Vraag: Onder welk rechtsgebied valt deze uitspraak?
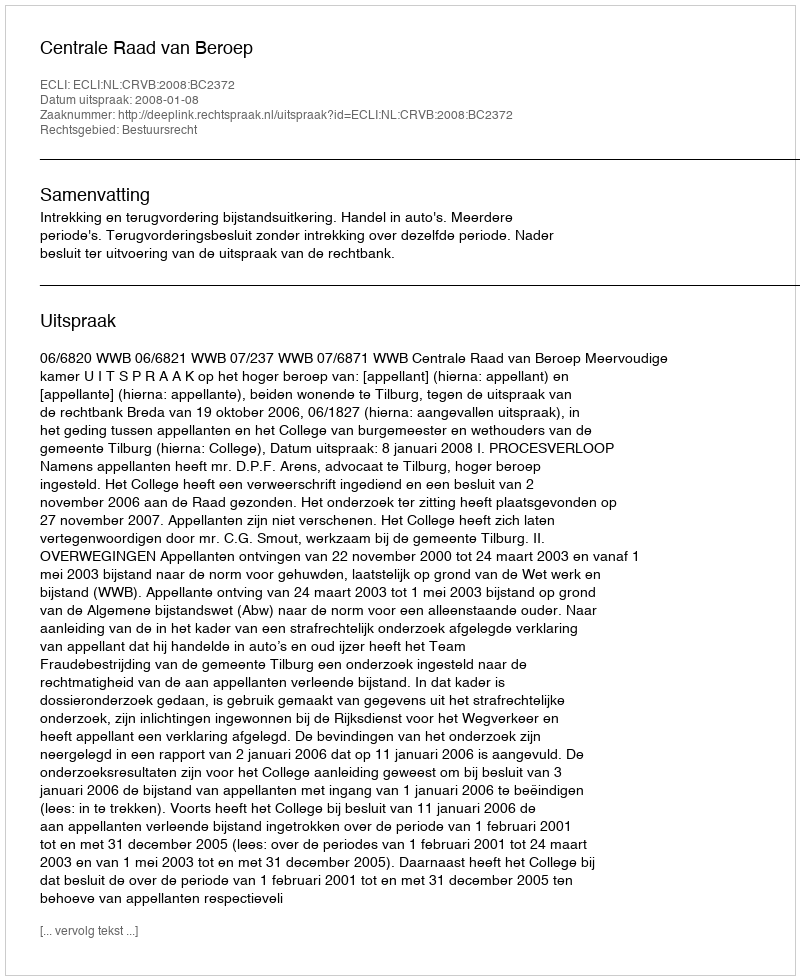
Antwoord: Bestuursrecht